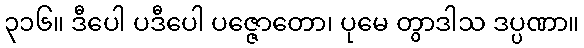
၃၁၆။ ဒီပေါ ပဒီပေါ ပဇ္ဇောတော၊ ပုမေ တွာဒါသ ဒပ္ပဏာ။